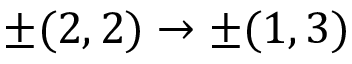
\pm ( 2 , 2 ) \rightarrow \pm ( 1 , 3 )